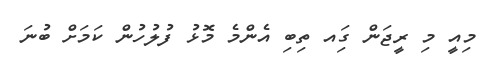
މިއީ މި ރީޖަން ގަިއ ތިބި އެންމެ މޮޅު ފުލުހުން ކަމަށް ބުނަ